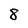
Character: 8